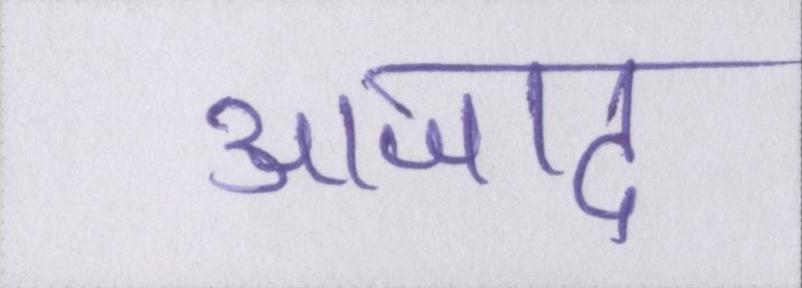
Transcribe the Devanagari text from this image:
आजाद